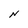
Character: N